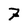
Character: 7